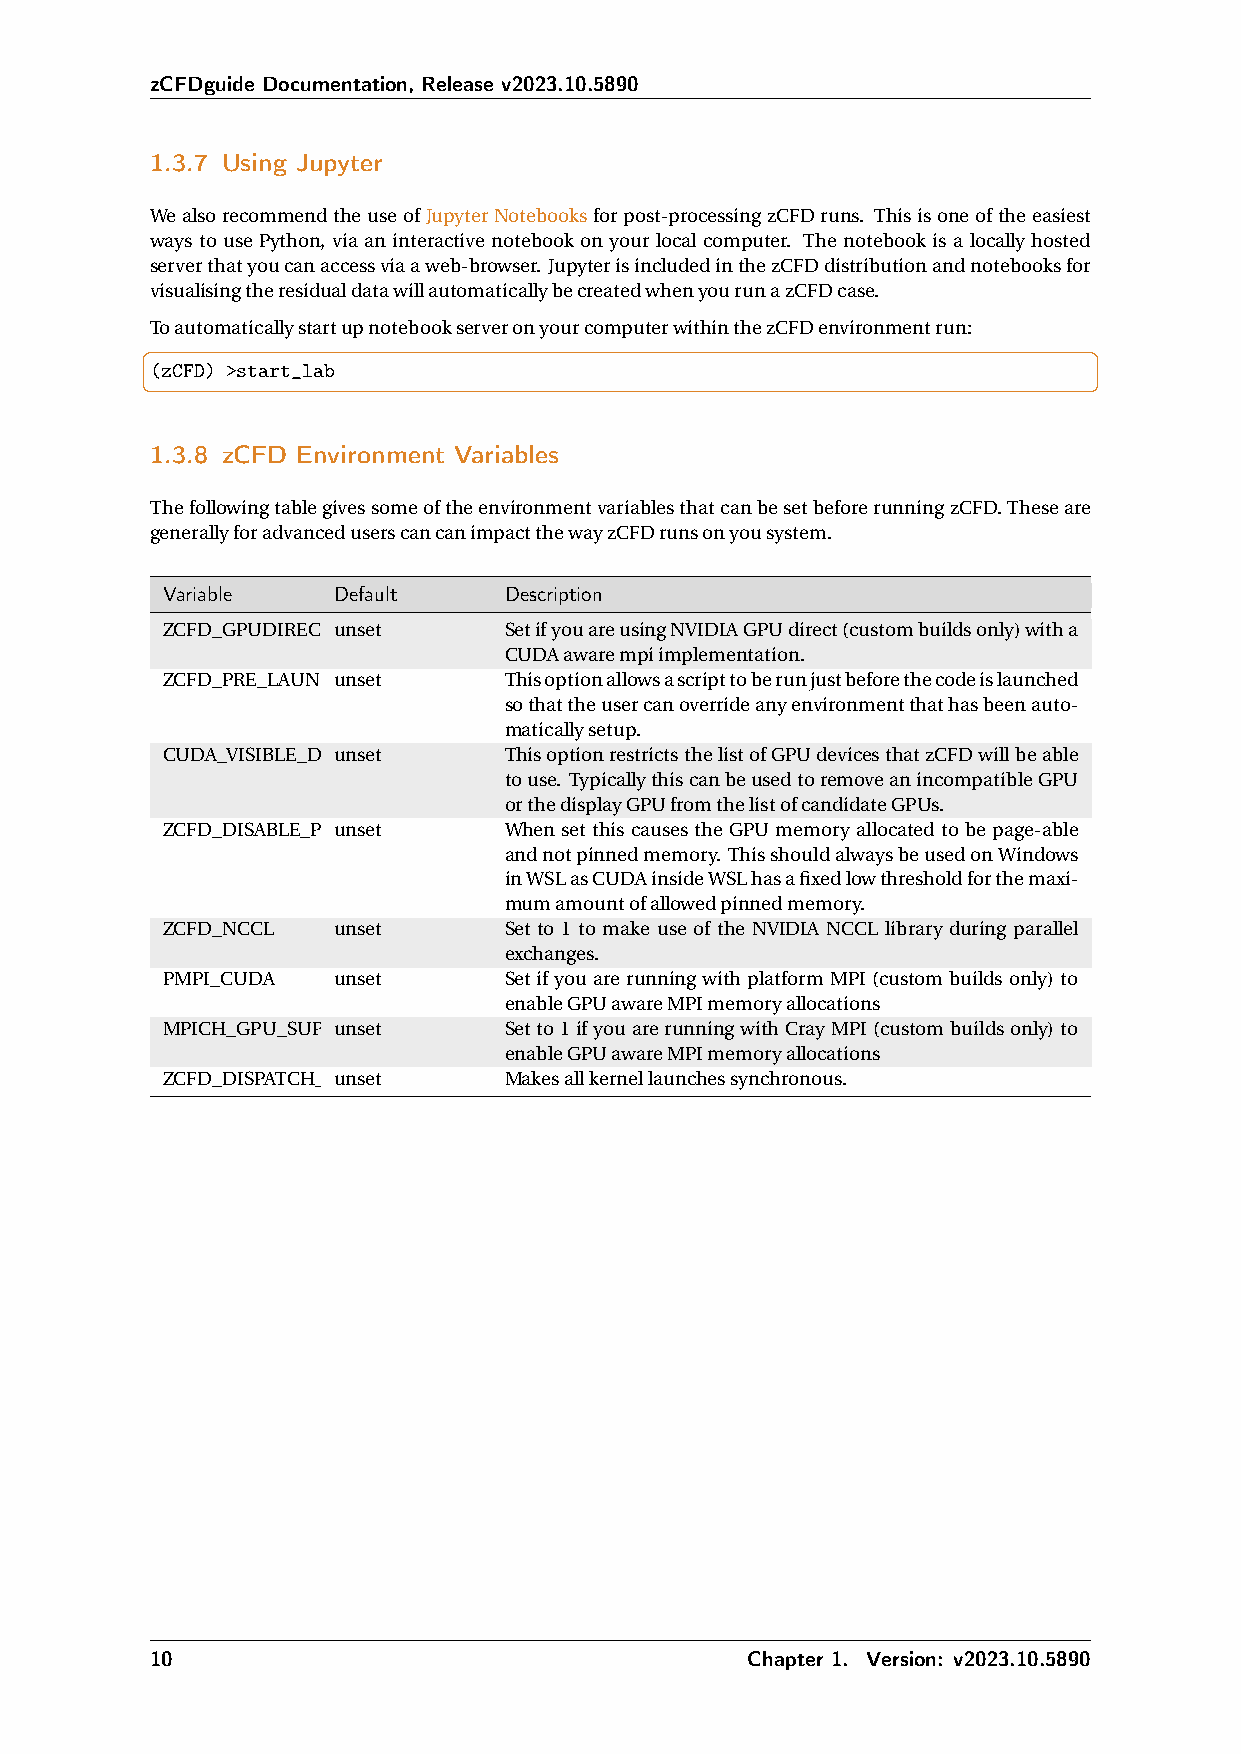
zCFDguide Documentation, Release v2023.10.5890
 1.3.7 Using Jupyter
 WealsorecommendtheuseofJupyterNotebooksforpost-processingzCFDruns. Thisisoneoftheeasiest
 ways to use Python, via an interactive notebook on your local computer. The notebook is a locally hosted
 serverthatyoucanaccessviaaweb-browser. JupyterisincludedinthezCFDdistributionandnotebooksfor
 visualisingtheresidualdatawillautomaticallybecreatedwhenyourunazCFDcase.
 ToautomaticallystartupnotebookserveronyourcomputerwithinthezCFDenvironmentrun:
 (zCFD) >start_lab
 1.3.8 zCFD Environment Variables
 ThefollowingtablegivessomeoftheenvironmentvariablesthatcanbesetbeforerunningzCFD.Theseare
 generallyforadvanceduserscancanimpactthewayzCFDrunsonyousystem.
 Variable   Default    Description
 ZCFD_GPUDIRECTunset   SetifyouareusingNVIDIAGPUdirect(custombuildsonly)witha
 CUDAawarempiimplementation.
 ZCFD_PRE_LAUNCHunset  Thisoptionallowsascripttoberunjustbeforethecodeislaunched
 sothattheusercanoverrideanyenvironmentthathasbeenauto-
 maticallysetup.
 CUDA_VISIBLE_DEuVnICseEtS ThisoptionrestrictsthelistofGPUdevicesthatzCFDwillbeable
 touse. TypicallythiscanbeusedtoremoveanincompatibleGPU
 orthedisplayGPUfromthelistofcandidateGPUs.
 ZCFD_DISABLE_PINuNnsEeDt When set this causes the GPU memory allocated to be page-able
 andnotpinnedmemory. ThisshouldalwaysbeusedonWindows
 inWSLasCUDAinsideWSLhasafixedlowthresholdforthemaxi-
 mumamountofallowedpinnedmemory.
 ZCFD_NCCL  unset      Set to 1 to make use of the NVIDIA NCCL library during parallel
 exchanges.
 PMPI_CUDA  unset      Set if you are running with platform MPI (custom builds only) to
 enableGPUawareMPImemoryallocations
 MPICH_GPU_SUPPuOnRsTe_tENABLED Setto1ifyouarerunningwithCrayMPI(custombuildsonly)to
 enableGPUawareMPImemoryallocations
 ZCFD_DISPATCH_SuYnNsCet Makesallkernellaunchessynchronous.
 10                                      Chapter 1. Version: v2023.10.5890